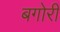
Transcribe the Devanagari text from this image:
बगोरी